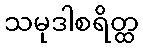
သမုဒါစရိတ္ထ